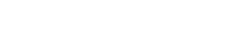
ယေဘူယျအားဖြင့်ပြောရလျှင်